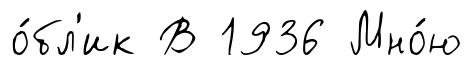
о́бл'ик В 1936 Мно́ю